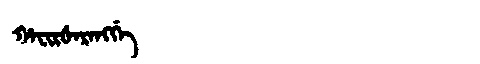
Manchu: ᡥᠠᠸᡳᡵᡧᠠᡵᠠᠩᡤᡝ
Romanization: HAFIRŠARANGGE